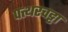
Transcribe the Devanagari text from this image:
पत्थरचट्टा